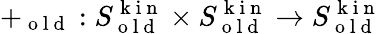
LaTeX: +_{\mathrm{~o~l~d~}}:S_{\mathrm{~o~l~d~}}^{\mathrm{~k~i~n~}}\times S_{\mathrm{~o~l~d~}}^{\mathrm{~k~i~n~}}\to S_{\mathrm{~o~l~d~}}^{\mathrm{~k~i~n~}}